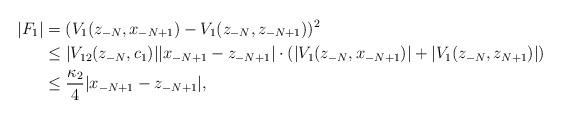
LaTeX: \begin{align*}|F_1 | & = (V_1(z_{-N},x_{-N+1})-V_1(z_{-N},z_{-N+1}))^2 \\& \leq |V_{12}(z_{-N},c_1)||x_{-N+1}-z_{-N+1}| \cdot (|V_1(z_{-N},x_{-N+1})|+|V_1(z_{-N},z_{N+1})|) \\ & \leq \frac{\kappa_2}{4}|x_{-N+1}-z_{-N+1}|,\end{align*}